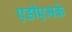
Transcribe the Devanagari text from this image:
एडीएमके